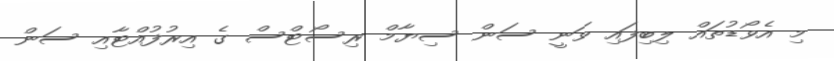
މި އެވޯޑުތައް ލިބިފައި ވަނީ ސަން ސިޔާމް ރިސޯޓްސް ގެ އިރުފުއްޓާއި ސަން